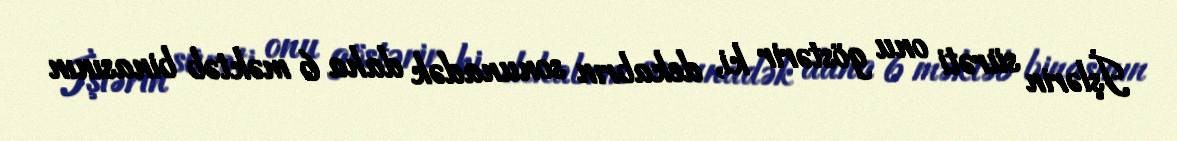
İşlərin sürəti onu göstərir ki, dekabrın sonunadək daha 6 məktəb binasının